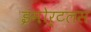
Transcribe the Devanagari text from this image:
इमोर्टलस